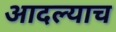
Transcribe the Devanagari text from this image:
आदल्याच